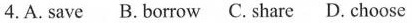
4. A.Save B.Borrow C. Share D. Choose